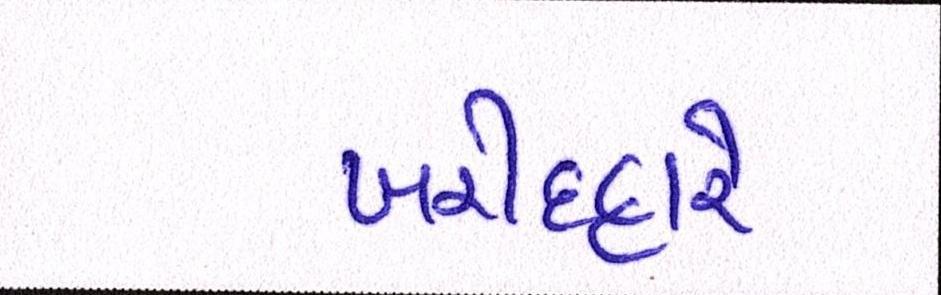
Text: ખરીદદારે